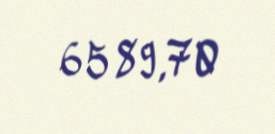
6589,70